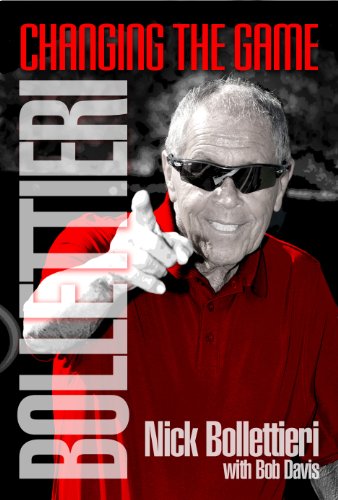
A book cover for Bollettieri: Changing the Game; Nick Bollettieri; Sports & Outdoors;